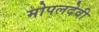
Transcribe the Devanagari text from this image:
मोपलदेवी